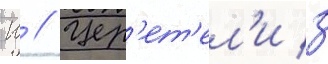
Ш // Цер'ет'ел'и з